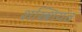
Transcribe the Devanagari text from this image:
शख्शियत